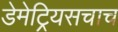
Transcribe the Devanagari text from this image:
डेमेट्रियसचाच